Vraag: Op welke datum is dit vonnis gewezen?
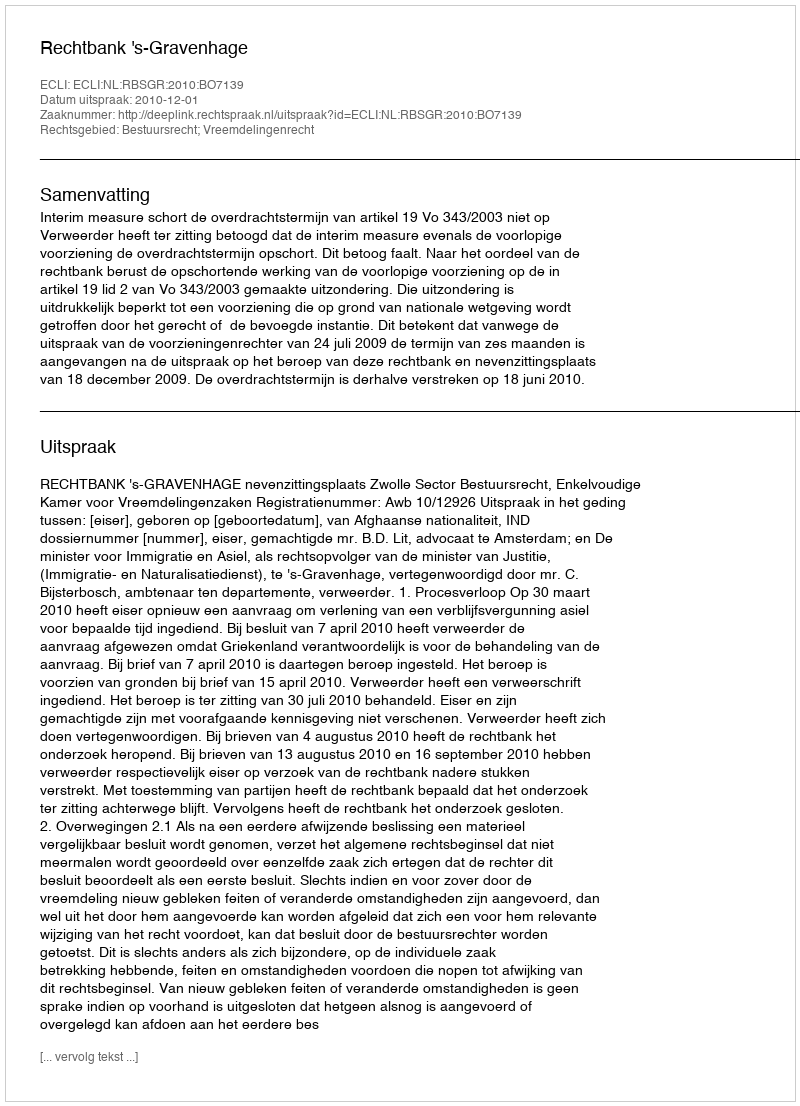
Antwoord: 2010-12-01